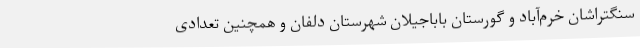
سنگتراشان خرم‌آباد و گورستان باباجیلان شهرستان دلفان و همچنین تعدادی